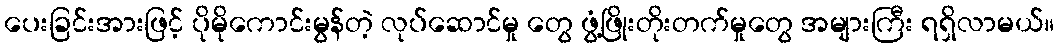
ပေးခြင်းအားဖြင့် ပိုမိုကောင်းမွန်တဲ့ လုပ်ဆောင်မှု တွေ ဖွံ့ဖြိုးတိုးတက်မှုတွေ အများကြီး ရရှိလာမယ်။